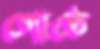
গোষ্ঠে